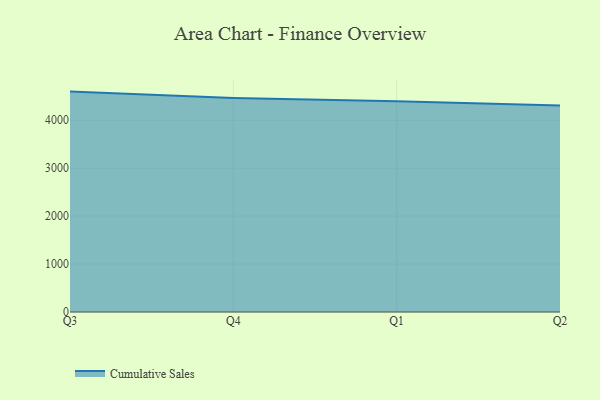
{"axis": {"x": "Quarter", "y": "Latency (ms)"}, "legend": ["Cumulative Sales"], "data": [{"x": "Q3", "y": 4596.3, "type": "Cumulative Sales"}, {"x": "Q4", "y": 4460.8, "type": "Cumulative Sales"}, {"x": "Q1", "y": 4395.6, "type": "Cumulative Sales"}, {"x": "Q2", "y": 4305.6, "type": "Cumulative Sales"}]}